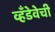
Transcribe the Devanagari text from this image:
व्हँडेवेची